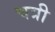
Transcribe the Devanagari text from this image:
चत्री